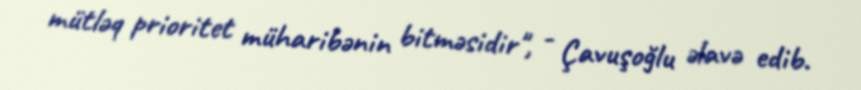
mütləq prioritet müharibənin bitməsidir", - Çavuşoğlu əlavə edib.